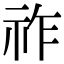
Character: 祚